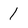
Character: 1